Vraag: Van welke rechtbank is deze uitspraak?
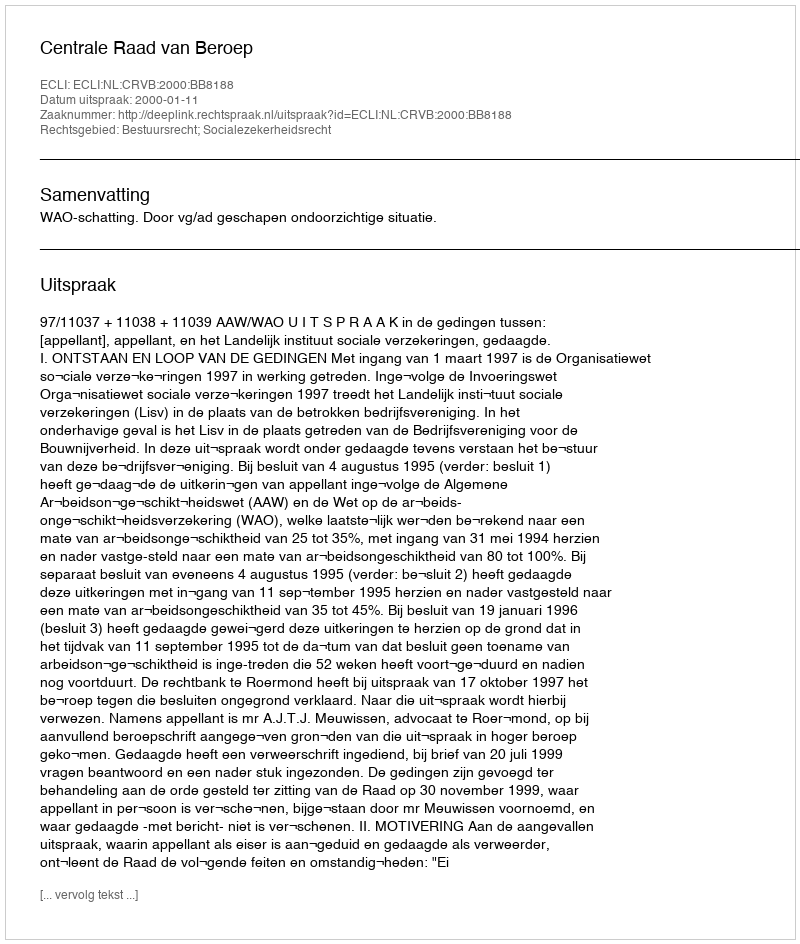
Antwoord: Centrale Raad van Beroep